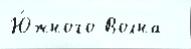
Ю́жного Волна